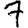
Digit: 7